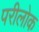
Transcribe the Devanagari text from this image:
परीलोक